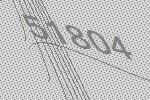
51804